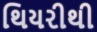
થિયરીથી